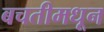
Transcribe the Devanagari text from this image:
बचतीमधून